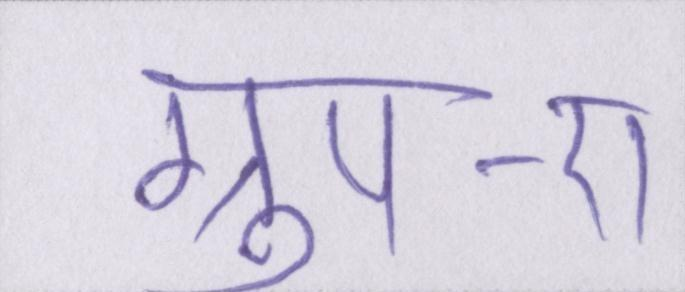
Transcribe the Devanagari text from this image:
ग्रुप-ए